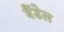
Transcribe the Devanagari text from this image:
बैंडेल